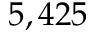
5 , 4 2 5